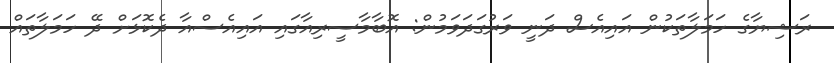
ރަޝިޔާގެ ހަމަލާތަކުން އައިއެެސް ދަނީ ވަރުގަދަވަމުން: އޮބާމާސީރިއާގައި އައިއެސްއާ ދެކޮޅަށް ދޭ ހަމަލާތައް